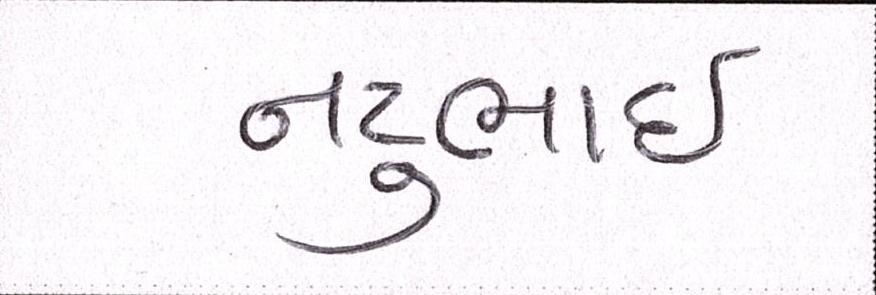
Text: નટુભાઈ